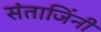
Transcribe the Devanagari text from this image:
संताजिंनी